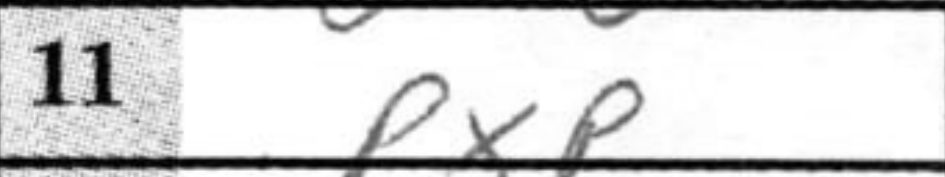
Transcription: PxP